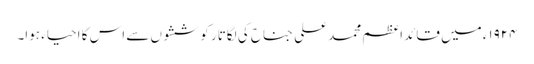
١٩٢۴ء میں قائد اعظم محمد علی جناح کی لگاتار کوششوں سے اس کا احیاء ہوا۔